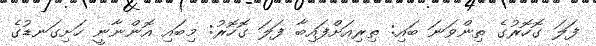
ފަލަ ގޮހޮރުގެ ތިންވަނަ ބައި: ތިރިއަށްފައިބާ ފަލަ ގޮހޮރު: މިބައި އޮންނާނީ ހަށިގަނޑުގެ